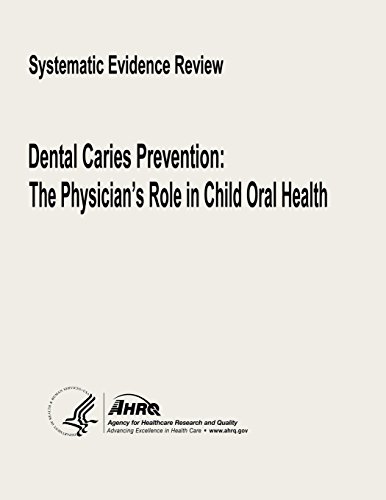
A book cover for Dental Caries Prevention: The Physician's Role in Child Oral Health; U. S. Department of Health and Human Services; Medical Books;